Punjab Mental Hospital Lahore 1922-31 - 1922-1931
Year: 1922
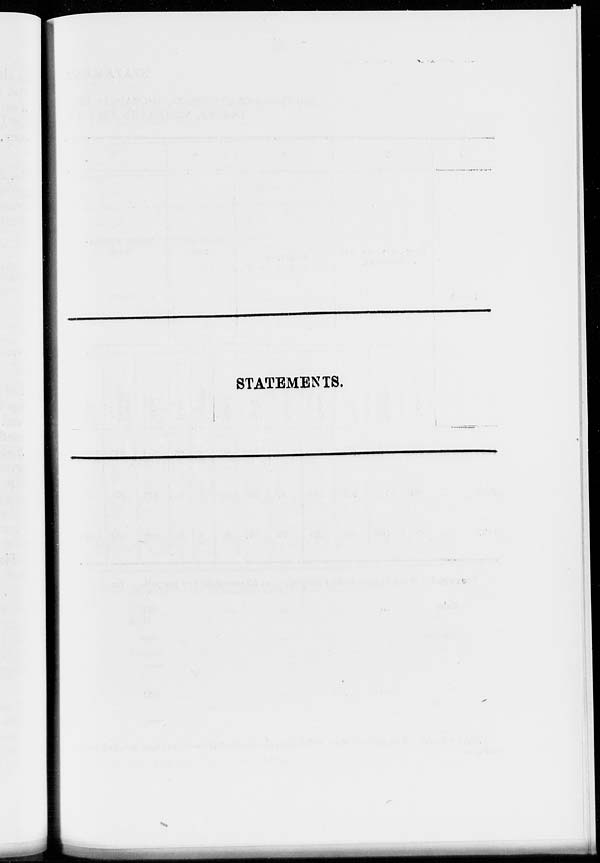
STATEMENTS.